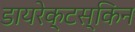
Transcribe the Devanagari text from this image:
डायरेक्टस्किन